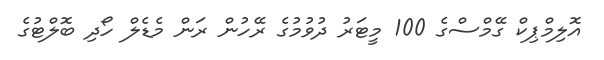
އޮލިމްޕިކް ގޭމްސްގެ 100 މީޓަރު ދުވުމުގެ ރޭހުން ރަން މެޑެލް ހޯދި ބޮލްޓުގެ